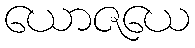
ယောဇယေ